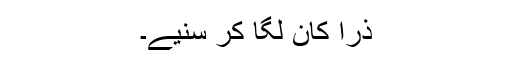
ذرا کان لگا کر سنیے۔